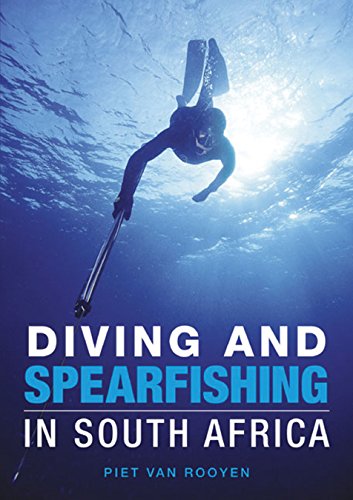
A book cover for Diving and Spearfishing in South Africa; Piet van Rooyen; Travel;